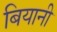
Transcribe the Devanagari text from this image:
बियानी